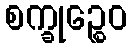
စက္ခုဉ္စေဝ